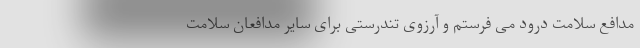
مدافع سلامت درود می فرستم و آرزوی تندرستی برای سایر مدافعان سلامت